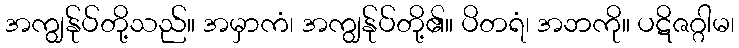
အကျွန်ုပ်တို့သည်။ အမှာကံ၊ အကျွန်ုပ်တို့၏။ ပိတရံ၊ အဘကို။ ပဋိဇဂ္ဂါမ၊